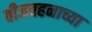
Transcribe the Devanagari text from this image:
वीजवहनाच्या